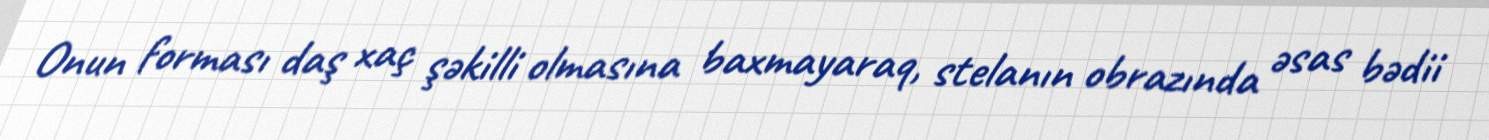
Onun forması daş xaç şəkilli olmasına baxmayaraq, stelanın obrazında əsas bədii